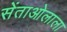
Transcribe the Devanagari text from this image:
सेंताओलाला